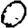
Digit: 0